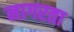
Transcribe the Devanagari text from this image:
नागरता